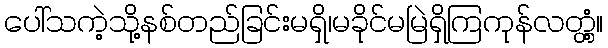
ပေါ်သကဲ့သို့နစ်တည်ခြင်းမရှိ၊မခိုင်မမြဲရှိကြကုန်လတ္တံ့။